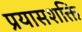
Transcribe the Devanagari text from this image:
प्रयासशक्ति